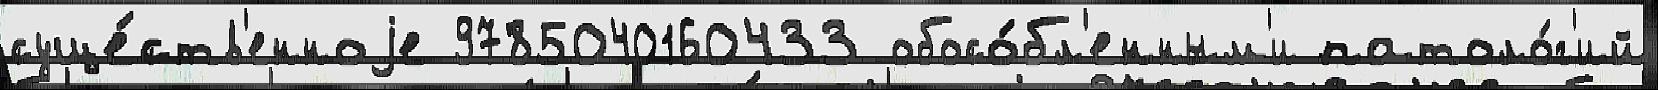
суще́ств'енноjе 9785040160433 обосо́бл'енным'и патоло́г'ий